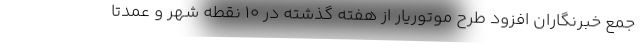
جمع خبرنگاران افزود طرح موتوریار از هفته گذشته در ۱۰ نقطه شهر و عمدتا